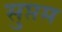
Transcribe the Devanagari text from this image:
सुप्तम